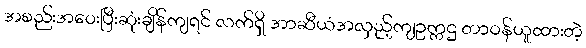
အစည်းအဝေးပြီးဆုံးချိန်ကျရင် လက်ရှိ အာဆီယံအလှည့်ကျဥက္ကဌ တာဝန်ယူထားတဲ့